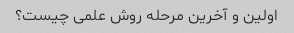
اولین و آخرین مرحله روش علمی چیست؟